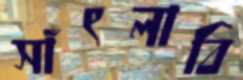
সাঁৎলাবি